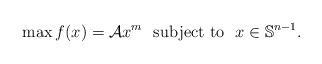
LaTeX: \begin{align*}\max f(x)=\mathcal{A}x^m \ \ \mbox{subject to} \ \ x \in \mathbb{S}^{n-1}.\end{align*}